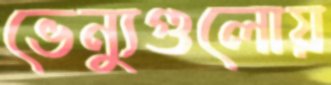
ভেন্যুগুলোয়